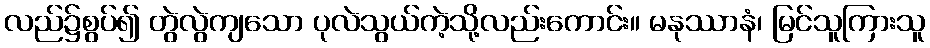
လည်၌စွပ်၍ တွဲလွဲကျသော ပုလဲသွယ်ကဲ့သို့လည်းကောင်း။ မနုဿာနံ၊ မြင်သူကြားသူ